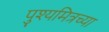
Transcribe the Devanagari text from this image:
पुश्यमित्रच्या